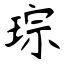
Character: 琮